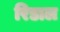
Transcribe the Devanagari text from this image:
रिडाल